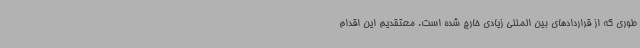
طوری که از قراردادهای بین المللی زیادی خارج شده است. معتقدیم این اقدام